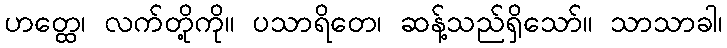
ဟတ္ထေ၊ လက်တို့ကို။ ပသာရိတေ၊ ဆန့်သည်ရှိသော်။ သာသာခါ၊